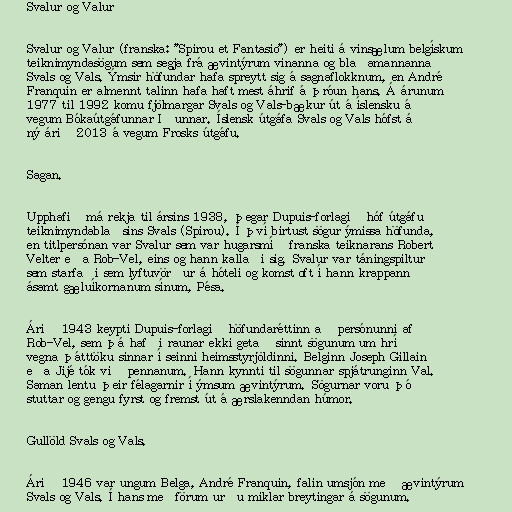
Svalur og Valur

Svalur og Valur (franska: "Spirou et Fantasio") er heiti á vinsælum belgískum
teiknimyndasögum sem segja frá ævintýrum vinanna og blaðamannanna
Svals og Vals. Ýmsir höfundar hafa spreytt sig á sagnaflokknum, en André
Franquin er almennt talinn hafa haft mest áhrif á þróun hans. Á árunum
1977 til 1992 komu fjölmargar Svals og Vals-bækur út á íslensku á
vegum Bókaútgáfunnar Iðunnar. Íslensk útgáfa Svals og Vals hófst á
ný árið 2013 á vegum Frosks útgáfu.

Sagan.

Upphafið má rekja til ársins 1938, þegar Dupuis-forlagið hóf útgáfu
teiknimyndablaðsins Svals (Spirou). Í því birtust sögur ýmissa höfunda,
en titlpersónan var Svalur sem var hugarsmíð franska teiknarans Robert
Velter eða Rob-Vel, eins og hann kallaði sig. Svalur var táningspiltur
sem starfaði sem lyftuvörður á hóteli og komst oft í hann krappann
ásamt gæluíkornanum sínum, Pésa.

Árið 1943 keypti Dupuis-forlagið höfundaréttinn að persónunni af
Rob-Vel, sem þá hafði raunar ekki getað sinnt sögunum um hríð
vegna þátttöku sinnar í seinni heimsstyrjöldinni. Belginn Joseph Gillain
eða Jijé tók við pennanum. Hann kynnti til sögunnar spjátrunginn Val.
Saman lentu þeir félagarnir í ýmsum ævintýrum. Sögurnar voru þó
stuttar og gengu fyrst og fremst út á ærslakenndan húmor.

Gullöld Svals og Vals.

Árið 1946 var ungum Belga, André Franquin, falin umsjón með ævintýrum
Svals og Vals. Í hans meðförum urðu miklar breytingar á sögunum.